Bombay plague: being a history of the progress of plague in the Bombay presidency from September 1896 to June 1899
Year: 1896
Disease focus: Plague
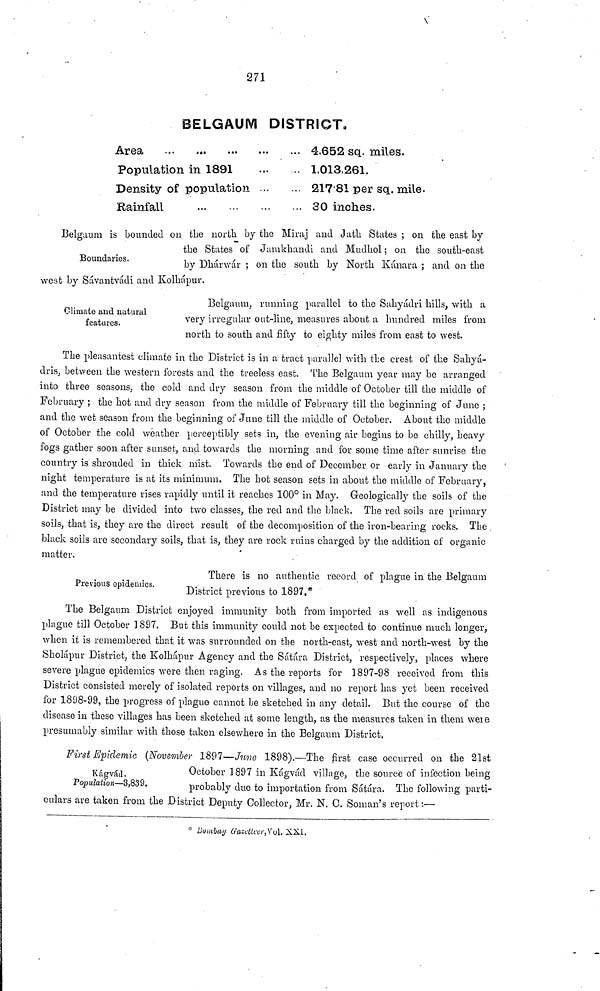
271
BELGAUM DISTRICT.
Area
Population in 1891
Density of population
Rainfall
...
...
4,652 sq. miles.
1,013,261.
217.81 per sq. mile.
30 inches.
Boundaries.
Belgaum is bounded on the north by the Miraj and Jath States ; on the east by
the States of Jamkhandi and Mudhol ; on the south-east
by Dhárwár ; on the south by North Kánara ; and on the
west by Sávantvadi and Kolhápur.
Climate and natural
features.
Belgamn, running parallel to the Sahyádri hills, with a
very irregular out-line, measures about a hundred miles from
north to south and fifty to eighty miles from east to west.
The pleasantest climate in the District is in a tract parallel with the crest of the Sahyá-
dris, between the western forests and the treeless east. The Belgaum year may be arranged
into three seasons, the cold and dry season from the middle of October till the middle of
February ; the hot and dry season from the middle of February till the beginning of June ;
and the wet season from the beginning of June till the middle of October. About the middle
of October the cold weather perceptibly sets in, the evening air begins to be chilly, heavy
fogs gather soon after sunset, and towards the morning and for some time after sunrise the
country is shrouded in thick mist. Towards the end of December or early in January the
night temperature is at its minimum. The hot season sets in about the middle of February,
and the temperature rises rapidly until it reaches 100° in May. Geologically the soils of the
District may be divided into two classes, the red and the black. The red soils are primary
soils, that is, they are the direct result of the decomposition of the iron-bearing rocks. The .
black soils are secondary soils, that is, they are rock ruins charged by the addition of organic
matter.
Previous epidemics.
There is no authentic record of plague in the Belgaum
District previous to 1897.*
The Belganm District enjoyed immunity both from imported as well as indigenous
plague till October 1897. But this immunity could not be expected to continue much longer,
when it is remembered that it was surrounded on the north-east, west and north-west by the
Sholápur District, the Kolhápur Agency and the Sátára District, respectively, places where
severe plague epidemics were then raging. As the reports for 1897-98 received from this
District consisted merely of isolated reports on villages, and no report has yet been received
for 1808-99, the progress of plague cannot be sketched in any detail. But the course of the
disease in these villages has been sketched at some length, as the measures taken in them were
presumably similar with those taken elsewhere in the Belgaum District.
Kágvád.
Population—3,839.
First Epidemic (November 1897—June 1898).—The first case occurred on the 21st
October 1897 in Kágvád village, the source of infection being
probably clue to importation from Sátára. The following parti-
culars are taken from the District Deputy Collector, Mr. N. C. Soman's report:—
* Bombay Gazetteer,Vol. XXI.